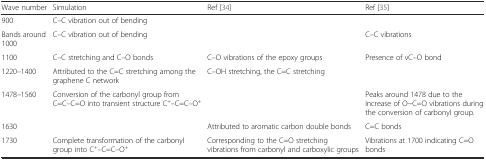
| Wave number | Simulation | Ref [34] | Ref [35] |
 | --- | --- | --- | --- |
 | 900 | C–C vibration out of bending |  |  |
 | Bands around 1000 | C–C vibration out of bending |  | C–C vibrations |
 | 1100 | C–C stretching and C–O bonds | C–O vibrations of the epoxy groups | Presence of νC–O bond |
 | 1220–1400 | Attributed to the C=C stretching among the graphene C network | C–OH stretching, the C=C stretching |  |
 | 1478–1560 | Conversion of the carbonyl group from C=C–C=O into transient structure C+–C=C–O+ |  | Peaks around 1478 due to the increase of O−C=O vibrations during the conversion of carbonyl group. |
 | 1630 |  | Attributed to aromatic carbon double bonds | C=C bonds |
 | 1730 | Complete transformation of the carbonyl group into C+–C=C–O+ | Corresponding to the C=O stretching vibrations from carbonyl and carboxylic groups | Vibrations at 1700 indicating C=O bonds |